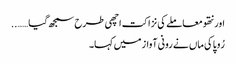
اور نتھو معاملے کی نزاکت اچھی طرح سمجھ گیا……..
رُوپا کی ماں نے رونی آواز میں کہا۔